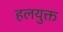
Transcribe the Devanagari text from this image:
हलयुक्त